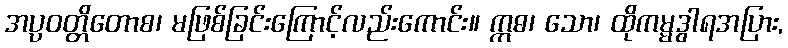
အပ္ပဝတ္တိတောစ၊ မဖြစ်ခြင်းကြောင့်လည်းကောင်း။ ဣဓ၊ သော၊ ထိုကမ္မဒွါရအပြား,